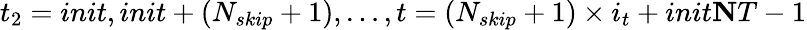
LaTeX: t_{2}=init,init+(N_{skip}+1),\ldots,t=(N_{skip}+1)\times i_{t}+init\le NT-1